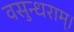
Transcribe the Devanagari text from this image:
वसुन्धराम्।